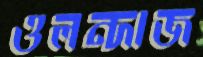
ওলন্দাজ